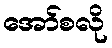
အော်စလို